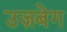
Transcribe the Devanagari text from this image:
उज़बेग